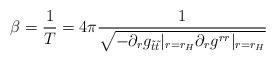
LaTeX: \begin{align*} \beta = \frac{1}{T} = 4\pi\frac{1}{\sqrt{-\partial_r g_{\tilde{t}\tilde{t}}|_{r=r_H}\partial_r g^{rr}|_{r=r_H}}}\end{align*}